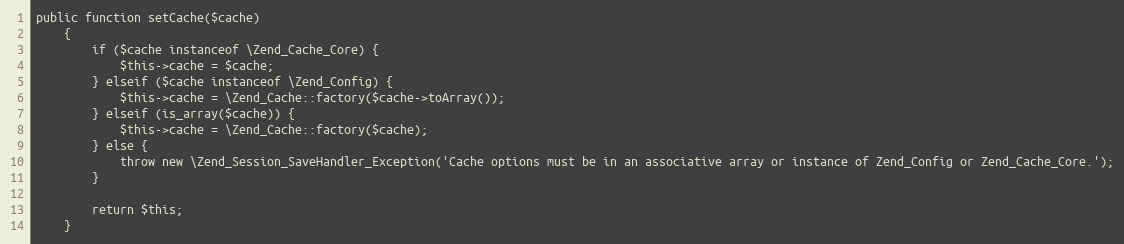
Language: PHP
public function setCache($cache)
    {
        if ($cache instanceof \Zend_Cache_Core) {
            $this->cache = $cache;
        } elseif ($cache instanceof \Zend_Config) {
            $this->cache = \Zend_Cache::factory($cache->toArray());
        } elseif (is_array($cache)) {
            $this->cache = \Zend_Cache::factory($cache);
        } else {
            throw new \Zend_Session_SaveHandler_Exception('Cache options must be in an associative array or instance of Zend_Config or Zend_Cache_Core.');
        }

        return $this;
    }